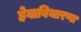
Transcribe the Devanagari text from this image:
हेवाविथारणा